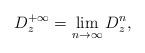
LaTeX: \begin{align*}D_z^{+\infty} = \lim_{n \to \infty} D^n_z,\end{align*}